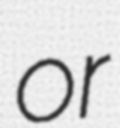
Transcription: or